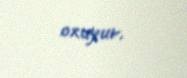
oxuyur.